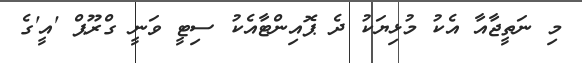
މި ނަތީޖާއާ އެކު މުޅިޔަކު ދެ ޕޮއިންޓާއެކު ސިޓީ ވަނީ ގްރޫޕް 'އީ'ގެ